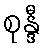
စုန္ဒီ